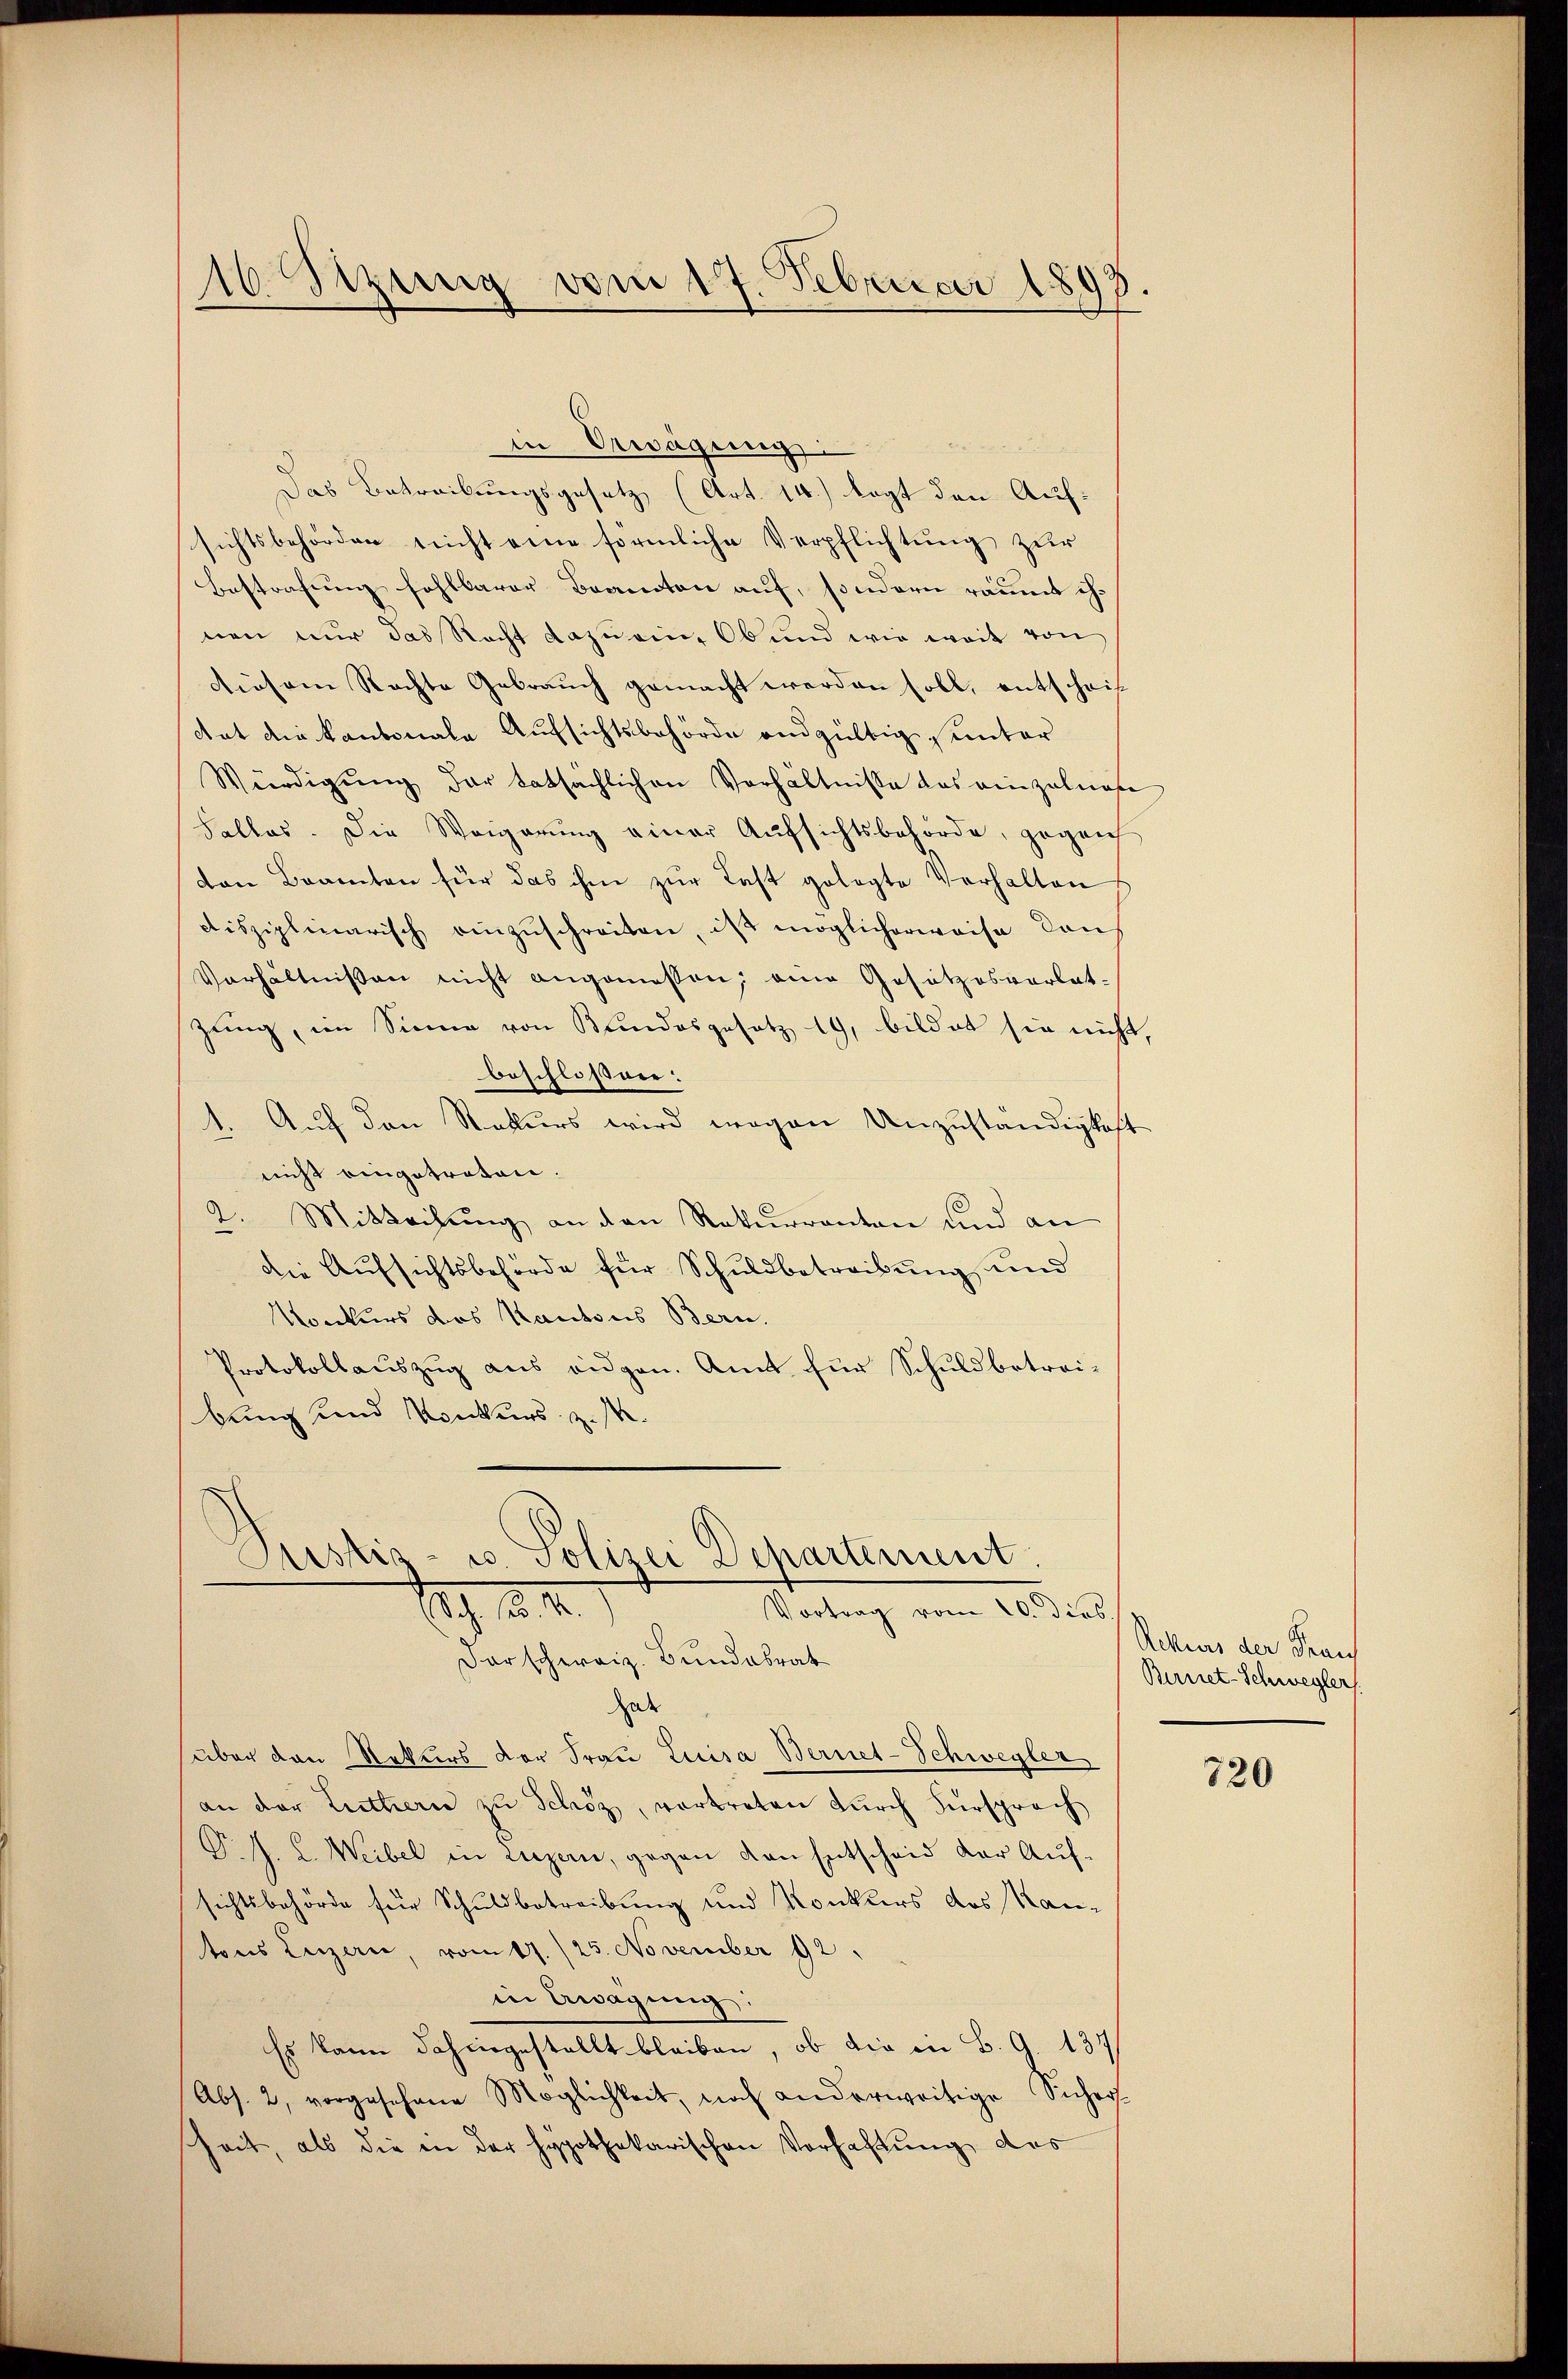
16 Stzung vom 17. Februar 1898.

in Erwägung
Das Betreibungsgesetz (Art. 14.) legt den Aufsichtsbehörden nicht eine förmliche Verpflichtung zur
Bestrafung fehlbarer Beanton auf, sondern räumt ihnen nur das Recht dazu ein, Ob und wie weit von
diesem Rechte Gebrauch gemacht werden soll, entschriftat die Kantonale Aufsichtsbehörde andgültig unter
Würdigŭng der tatsächlichen Verhältnisse das einzelnese
Falles. Die Weigerung einer Aufsichtsbehörde, gegen
von Beamten für das ihm zŭr Last gelegte Verhalten
disziplinarisch einzuschreiten, ist möglicherweise dans
Verhältnissen nicht angemessen; eine Gesetzesvorlat-
zung, im Sinne von Bundesgesetz 19, bildet sie nicht,
beschloßen:
1. Auch den Rekurs wird wegen Unzuständigkeit
nicht eingetreten.
2. Mitteilung an den Rekurrenten und an
die Aufsichtsbehörde für Schuldbetreibung und
Konkurs des Kantons Bern.
Protokollauszug aus eidgen. Amt für Schuldbetreibung und Konkurs z. M.

Justiz- u. Polizei Departement.
Vortrag vom 20. dies
Sch. 18.10.1

darschweiz. Bundesrat
hat
über den Rekurs der Frau Luisa Bernet-Schwegler
an der Luttern zu Schöz, vortreten durch Fürsprach
F. J. L. Weibel in Luzern, gegen von Entscheid der Auf-
sichtsbehörde für Schuldbetreibung und Konkurs des Kantons Luzern, vom 17./25. November 12.
in Awagŭng:
Es kann dahingestellt bleiben, ob die in B. G. 137,
Abs. 2, vorgesehene Möglichkeit, noch anderweitige Sicher
heit, als die in der Hypothekarischen Vorhaftung des

Ackers der Frau
Bernet-Schwegler

720